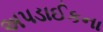
અપડાઈકના